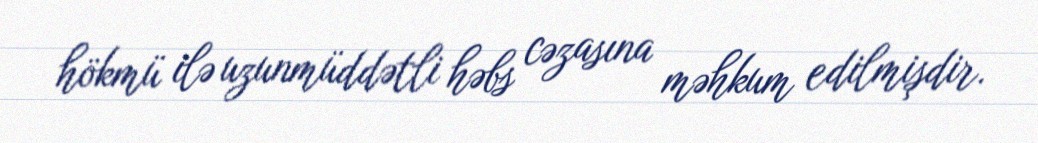
hökmü ilə uzunmüddətli həbs cəzasına məhkum edilmişdir.